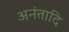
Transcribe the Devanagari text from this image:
अनंतादि